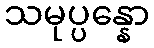
သမုပ္ပန္နော